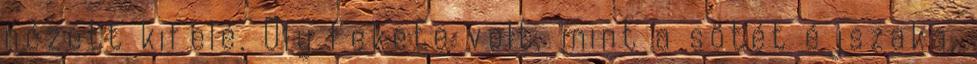
nézett kifelé. Oly fekete volt, mint a sötét éjszaka,